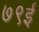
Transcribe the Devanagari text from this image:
७९ई